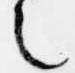
之